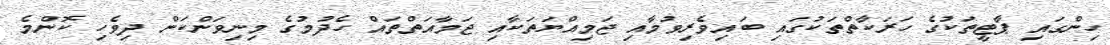
ހިންގައި ޕާޓީތަކުގެ ހަރަކާތްތަކުގައި ބައިވެރިވުމާއި ޖަމިއްޔަތަކާއި ޖަމާއަތްތައް ހެދުމުގެ މިނިވަންކަން ދިވެހި ކޮންމެ